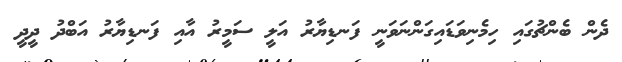
ދެން ބެންޗުގައި ހިމެނިވަޑައިގަންނަވަނީ ފަނޑިޔާރު އަލީ ސަމީރު އާއި ފަނޑިޔާރު އަބްދު ދީދީ